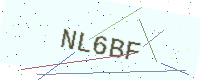
Text: NL6BF